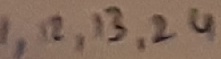
Text: 1,12,13,24